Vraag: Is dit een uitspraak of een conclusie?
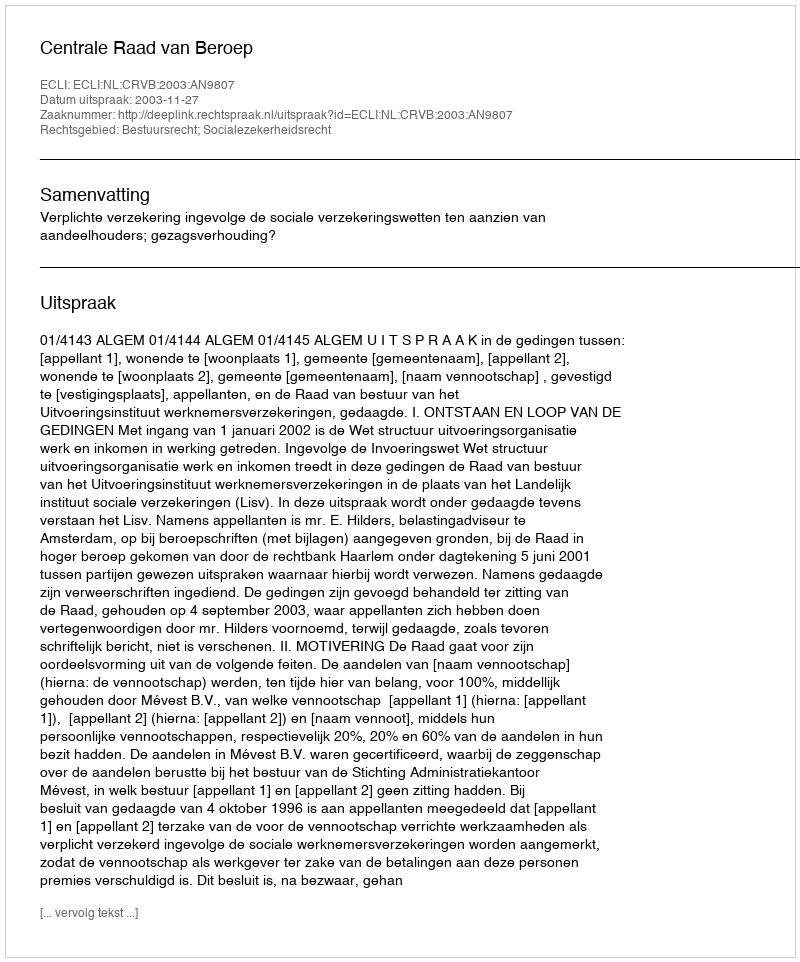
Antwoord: Uitspraak